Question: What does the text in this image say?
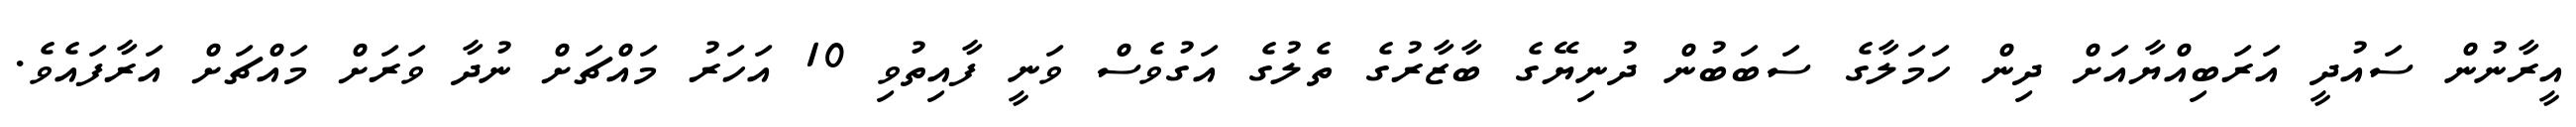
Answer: އީރާނުން ސައުދީ އަރަބިއްޔާއަށް ދިން ހަމަލާގެ ސަބަބުން ދުނިޔޭގެ ބާޒާރުގެ ތެލުގެ އަގުވެސް ވަނީ ފާއިތުވި 10 އަހަރު މައްޗަށް ނުދާ ވަރަށް މައްޗަށް އަރާފައެވެ.